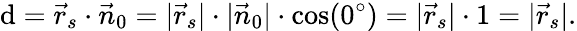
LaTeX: \mathrm{d}={\vec{{r}}}_{s}\cdot{\vec{{n}}}_{0}=|{\vec{{r}}}_{s}|\cdot|{\vec{{n}}}_{0}|\cdot\cos(0^{\circ})=|{\vec{{r}}}_{s}|\cdot1=|{\vec{{r}}}_{s}|.